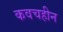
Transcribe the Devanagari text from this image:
कवचहीन